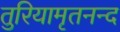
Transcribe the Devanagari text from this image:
तुरियामृतनन्द